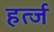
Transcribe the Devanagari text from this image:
हर्त्ज